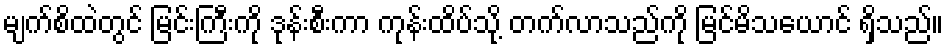
မျက်စိထဲတွင် မြင်းကြီးကို ဒုန်းစီးကာ ကုန်းထိပ်သို့ တက်လာသည်ကို မြင်မိသယောင် ရှိသည်။